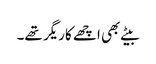
بیٹے بھی اچھے کاریگر تھے۔